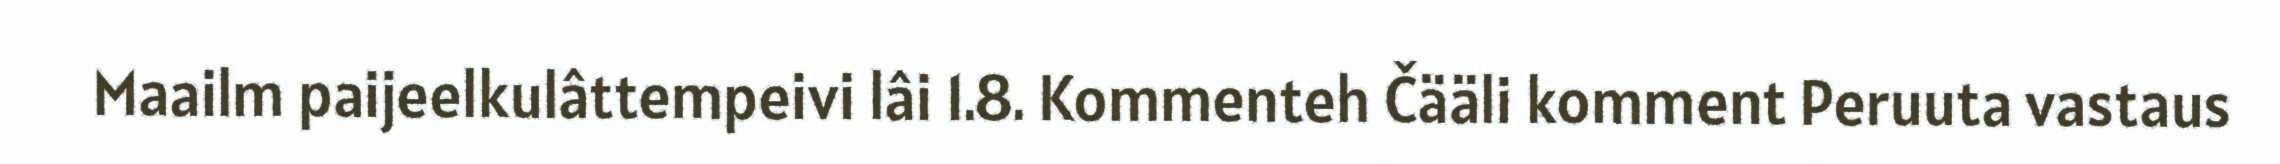
Maailm paijeelkulâttempeivi lâi 1.8. Kommenteh Čääli komment Peruuta vastaus